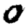
Digit: 0